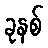
ခုနစ်